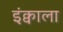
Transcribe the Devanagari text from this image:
इंक्वाला